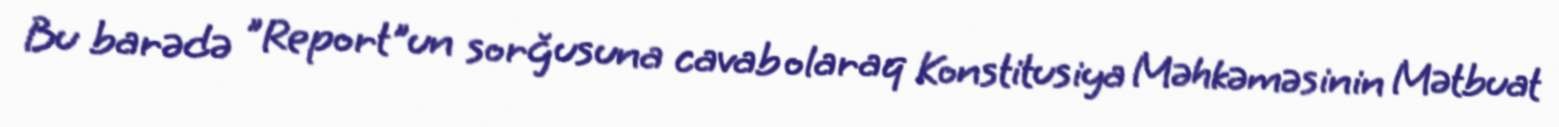
Bu barədə "Report"un sorğusuna cavab olaraq Konstitusiya Məhkəməsinin Mətbuat